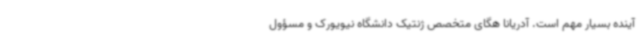
آینده بسیار مهم است. آدریانا هگای متخصص ژنتیک دانشگاه نیویورک و مسؤول